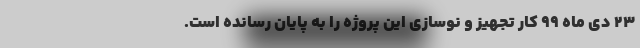
۲۳ دی ماه ۹۹ کار تجهیز و نوسازی این پروژه را به پایان رسانده است.